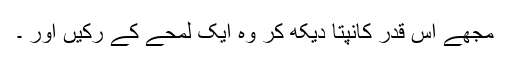
مجھے اس قدر کانپتا دیکھ کر وہ ایک لمحے کے رکیں اور ۔